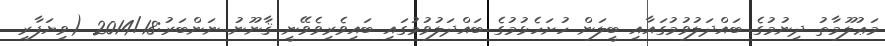
މަޢުލޫމާތު ދިނުމުގެ ބައްދަލުވުމުގައާއި ބީލަން ހުށަހެޅުމުގެ ބައްދަލުވުމުގައި ބައިވެރިވެވޭނީ ޤާނޫނު ނަންބަރު:2014/18 (ވިޔަފާރި